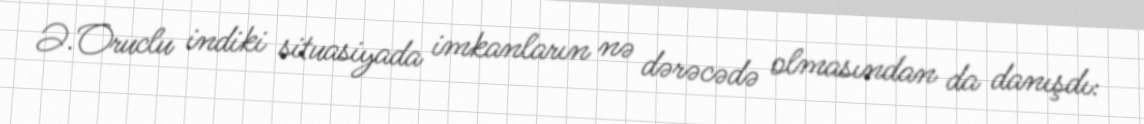
Ə.Oruclu indiki situasiyada imkanların nə dərəcədə olmasından da danışdı: